Civil Veterinary Dept. Bombay admin report 1923-31 - 1923-1931
Year: 1923
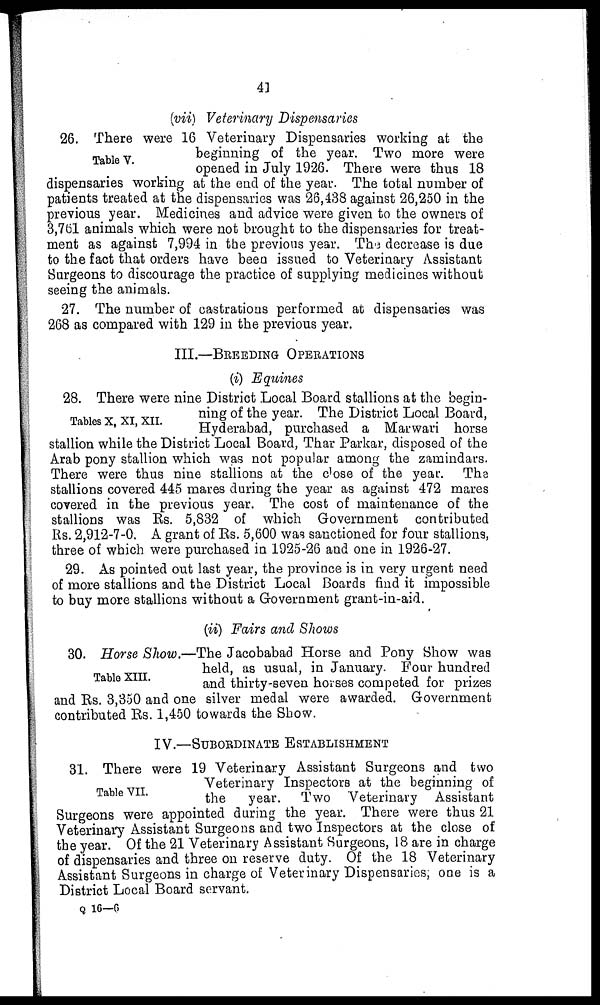
41
(vii) Veterinary Dispensaries
Table V.
26. There were 16 Veterinary Dispensaries working at the
beginning of the year. Two more were
opened in July 1926. There were thus 18
dispensaries working at the end of the year. The total number of
patients treated at the dispensaries was 26,438 against 26,250 in the
previous year. Medicines and advice were given to the owners of
3,761 animals which were not brought to the dispensaries for treat-
ment as against 7,994 in the previous year. The decrease is due
to the fact that orders have been issued to Veterinary Assistant
Surgeons to discourage the practice of supplying medicines without
seeing the animals.
27. The number of castrations performed at dispensaries was
268 as compared with 129 in the previous year.
III.—BREEDING OPERATIONS
(i) Equines
Tables X, XI, XII.
28. There were nine District Local Board stallions at the begin-
ning of the year. The District Local Board,
Hyderabad, purchased a Marwari horse
stallion while the District Local Board, Thar Parkar, disposed of the
Arab pony stallion which was not popular among the zamindars.
There were thus nine stallions at the close of the year. The
stallions covered 445 mares during the year as against 472 mares
covered in the previous year. The cost of maintenance of the
stallions was Rs. 5,832 of which Government contributed
Rs. 2,912-7-0. A grant of Rs. 5,600 was sanctioned for four stallions,
three of which were purchased in 1925-26 and one in 1926-27.
29. As pointed out last year, the province is in very urgent need
of more stallions and the District Local Boards find it impossible
to buy more stallions without a Government grant-in-aid.
(ii) Fairs and Shows
Table XIII.
30. Horse Show.—The Jacobabad Horse and Pony Show was
held, as usual, in January. Four hundred
and thirty-seven horses competed for prizes
and Rs. 3,350 and one silver medal were awarded. Government
contributed Rs. 1,450 towards the Show.
IV.—SUBORDINATE ESTABLISHMENT
Table VII.
31. There were 19 Veterinary Assistant Surgeons and two
Veterinary Inspectors at the beginning of
the
year. Two Veterinary Assistant
Surgeons were appointed during the year. There were thus 21
Veterinary Assistant Surgeons and two Inspectors at the close of
the year. Of the 21 Veterinary Assistant Surgeons, 18 are in charge
of dispensaries and three on reserve duty. Of the 18 Veterinary
Assistant Surgeons in charge of Veterinary Dispensaries; one is a
District Local Board servant.
Q 16—6